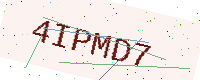
Text: 4IPMD7